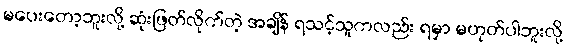
မပေးတော့ဘူးလို့ ဆုံးဖြတ်လိုက်တဲ့ အချိန် ရသင့်သူကလည်း ရမှာ မဟုတ်ပါဘူးလို့